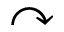
\curvearrowright